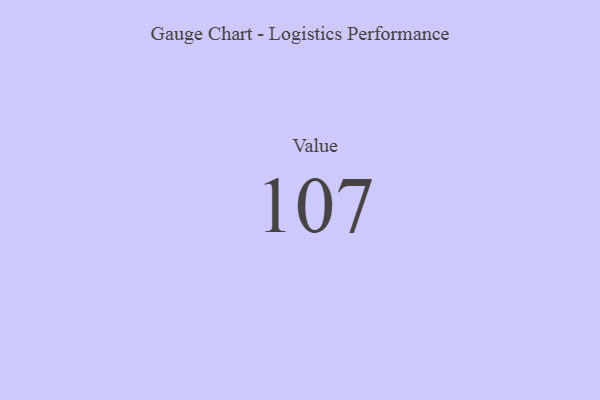
{"axis": {"x": "Metric", "y": "Value"}, "legend": [""], "data": [{"x": "Value", "y": 107, "type": ""}]}